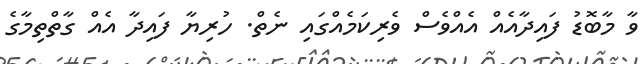
ވާ މާބޮޑު ފައިދާއެއް އެއްވެސް ވެރިކަމެއްގައި ނެތް. ހުރިޔާ ފައިދާ އެއް ގާތްތިމާގެ